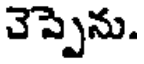
చెప్పెను.